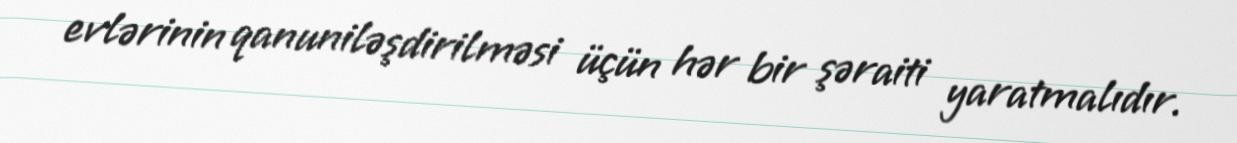
evlərinin qanuniləşdirilməsi üçün hər bir şəraiti yaratmalıdır.